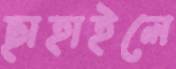
ছাহাইলে